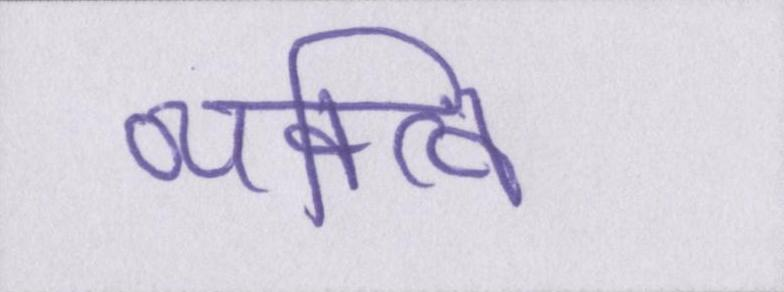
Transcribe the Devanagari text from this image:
व्यक्त्वि